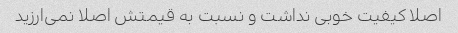
اصلا کیفیت خوبی نداشت و نسبت به قیمتش اصلا نمی‌ارزید